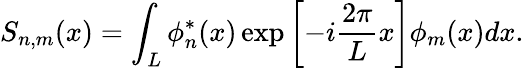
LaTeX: S_{n,m}(x)=\int_{L}\phi_{n}^{*}(x)\exp\left[-i\frac{2\pi}{L}x\right]\phi_{m}(x)dx.